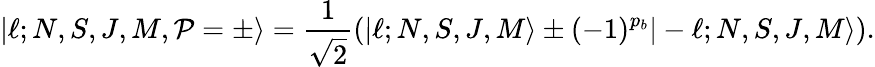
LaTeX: |\ell;N,S,J,M,\mathcal{P}=\pm\rangle=\frac{1}{\sqrt{2}}(|\ell;N,S,J,M\rangle\pm(-1)^{p_{b}}|-\ell;N,S,J,M\rangle).